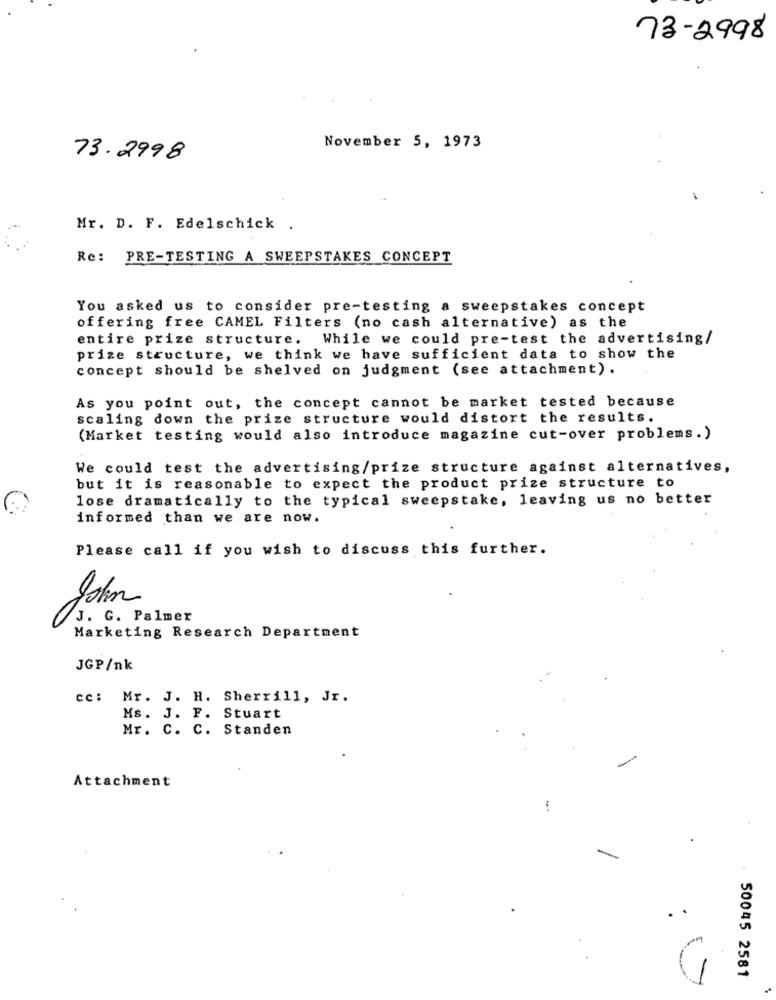
73-2998
November 5, 1973
73.2998
Mr. D. F. Edelschick .
Re: PRE-TESTING A SWEEPSTAKES CONCEPT
You asked us to consider pre-testing a sweepstakes concept
offering free CAMEL Filters (no cash alternative) as the
entire prize structure. While we could pre-test the advertising/
prize structure, we think we have sufficient data to show the
concept should be shelved on judgment (see attachment).
As you point out, the concept cannot be market tested because
scaling down the prize structure would distort the results.
(Market testing would also introduce magazine cut-over problems.)
We could test the advertising/prize structure against alternatives,
but it is reasonable to expect the product prize structure to
lose dramatically to the typical sweepstake, leaving us no better
informed than we are now.
Please call if you wish to discuss this further.
John
J. G. Palmer
Marketing Research Department
JGP/nk
cc: Mr. J. H. Sherrill, Jr.
Ms. J. F. Stuart
Mr. C. C. Standen
Attachment
50045 2581